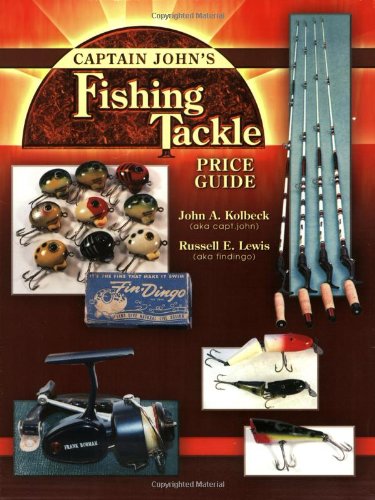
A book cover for Captain John's Fishing Tackle: Price Guide; John Kolbeck; Crafts, Hobbies & Home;